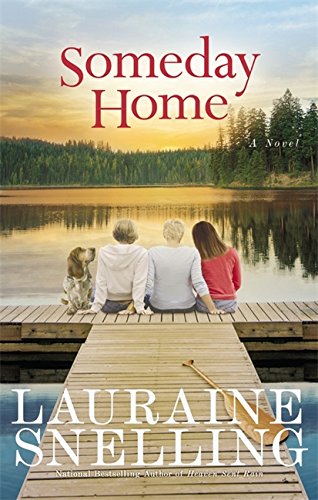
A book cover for Someday Home: A Novel; Lauraine Snelling; Literature & Fiction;